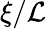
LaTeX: \xi/\mathcal{L}